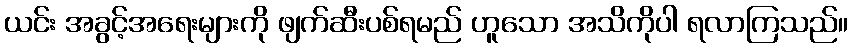
ယင်း အခွင့်အရေးများကို ဖျက်ဆီးပစ်ရမည် ဟူသော အသိကိုပါ ရလာကြသည်။